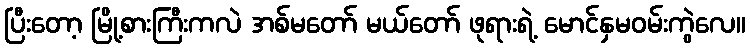
ပြီးတော့ မြို့စားကြီးကလဲ အစ်မတော် မယ်တော် ဖုရားရဲ့ မောင်နှမဝမ်းကွဲလေ။